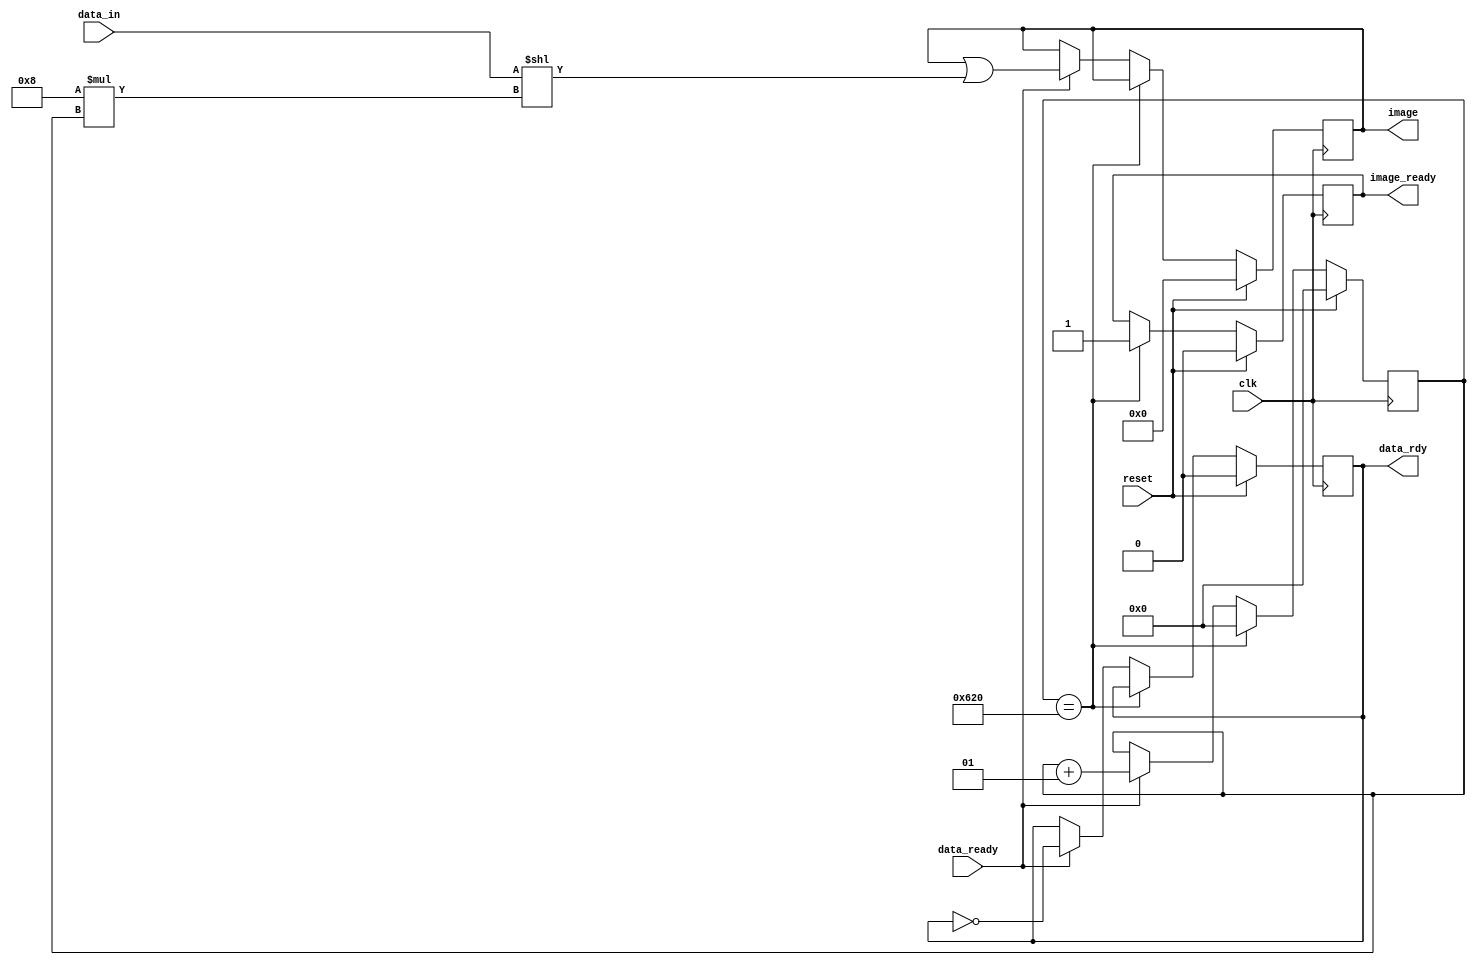
`timescale 1ns / 1ps
//////////////////////////////////////////////////////////////////////////////////
// Company: 
// Engineer: 
// 
// Design Name: 
// Module Name: UART_Buffer
// Project Name: 
// Target Devices: 
// Tool Versions: 
// Description: 
// 
// Dependencies: 
// 
// Revision:
// Revision 0.01 - File Created
// Additional Comments:
// 
//////////////////////////////////////////////////////////////////////////////////


module UART_Buffer(
    input wire data_ready,          // signal when new data word is complete (received)
    input wire [7:0] data_in,     // data to FIFO
    input wire clk,
    input wire reset,
    
//    output reg [120:0] temp,
    output reg image_ready,
    output reg data_rdy,
//    output integer count,
    output reg [12543:0] image  //12543  //128
    );
    
//    reg data_rdy;
//    reg [120:0] temp;
//    reg [12543:0] image;
    integer count=0;
    always@(negedge clk)begin
        if(reset==1)begin
            image<=0;
            count<=0;
            image_ready<=0;
            data_rdy<=0;
        end
        else begin
            if(count==1568)begin  //1568 //16
                count<=0;
                image_ready<=1;
            end
            else if(data_ready==1)begin
                   data_rdy<=~data_rdy;
//                   temp<= (image<<8);
//                   image <= data_in;
//                   out <= {0{32-image_size-count},image,0{count}}
                   image <= (image) | (data_in << (8*count));
                   count<=count+1;
            end
        end
    end
        
//    always @(negedge clk)begin
//        if(data_ready==1)begin
//            data_rdy<=1;
//        end
//    end
    
endmodule